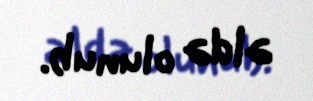
əldə olunub.